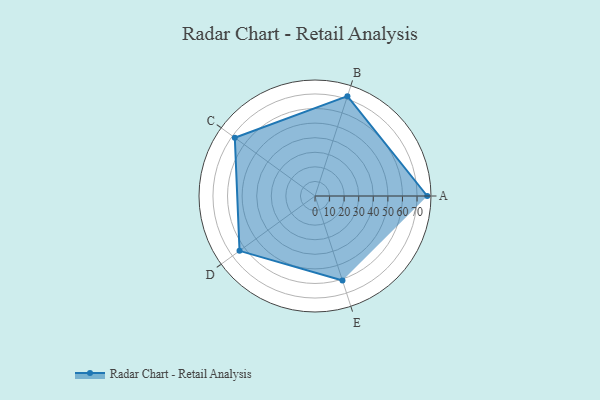
{"axis": {"x": "Skill", "y": "Score"}, "legend": ["Profile"], "data": [{"x": "A", "y": 77.0, "type": "Profile"}, {"x": "B", "y": 72.0, "type": "Profile"}, {"x": "C", "y": 68.0, "type": "Profile"}, {"x": "D", "y": 64.0, "type": "Profile"}, {"x": "E", "y": 61.0, "type": "Profile"}]}